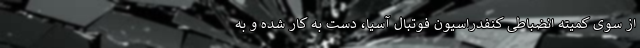
از سوی کمیته انضباطی کنفدراسیون فوتبال آسیا، دست به کار شده و به